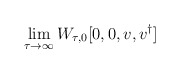
\begin{align*}\lim _{\tau \rightarrow \infty }W_{\tau ,0}[0,0,{v},{v}^{\dagger }]\end{align*}